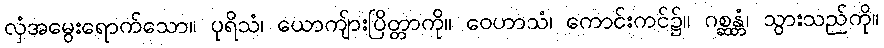
လှံအမွေးရောက်သော။ ပုရိသံ၊ ယောကျ်ားပြိတ္တာကို။ ဝေဟာသံ၊ ကောင်းကင်၌။ ဂစ္ဆန္တံ၊ သွားသည်ကို။